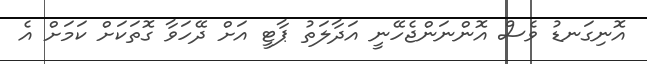
އޮނިގަނޑު ވެސް އޮންނަންޖެހޭނީ އަދާލަތު ޕާޓީ އަށް ދޭހަވާ ގޮތަކަށް ކަމަށް އެ